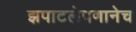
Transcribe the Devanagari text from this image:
झपाटलेपणानेच